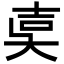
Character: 𡔢